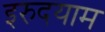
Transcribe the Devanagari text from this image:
इरुदयाम